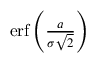
\textstyle \operatorname { e r f } \left( { \frac { a } { \sigma { \sqrt { 2 } } } } \right)